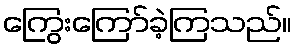
ကြွေးကြော်ခဲ့ကြသည်။